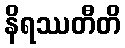
နိရဿတီတိ